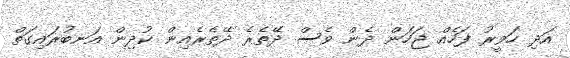
އަދި ހަވީރު ފަހެއް ޖަހަން ދެން ވެސް ދޭތެރެ ދޭތެރެއިން ކުދިން އަނބުރައިގަތް